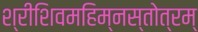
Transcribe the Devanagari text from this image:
श्रीशिवमहिम्नस्तोत्रम्